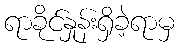
ရာခိုင်နှုန်းရှိခဲ့ရာမှ